Annual report of the Bengal Veterinary College and of the Civil Veterinary Department, Bengal, for the year 1916-17 - 1916-1917
Year: 1916
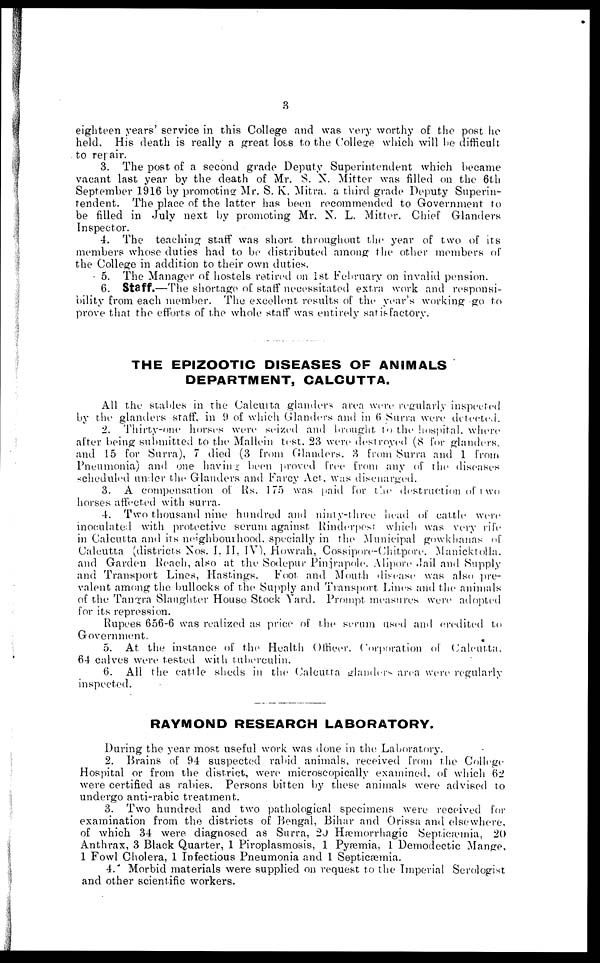
3
eighteen years' service in this College and was very worthy of: the post he
held. His death is really a great lots to the College which will be difficult
to repair.
3. The post of a second grade Deputy Superintendent which became
vacant last year by the death of Mr. S. N. Mitter was filled on the 6th
September 1916 by promoting Mr. S. K. Mitra. a third grade Deputy Superin-
tendent. The place of the latter has been recommended to Government to
be filled in July next by promoting Mr. N. L. Mitter. Chief Glanders
Inspector.
4. The teaching staff was short throughout the year of two of its
members whose duties had to be distributed among the other members of
the College in addition to their own duties.
5. The Manager of hostels retired on 1st February on invalid pension.
6. Staff.—The shortage of staff necessitated extra work and responsi-
bility from each member. The excellent results of the year's working go to
prove that the efforts of the whole staff was entirely satisfactory.
THE EPIZOOTIC DISEASES OF ANIMALS
DEPARTMENT, CALCUTTA.
All the stables in the Calcutta glanders area were regularly inspected
by the glanders staff, in 9 of which Glanders and in 6 Surra were detected.
2. Thirty-one horses were seized and brought to the hospital, where
after being submitted to the Mallein test, 23 were destroyed (8 for glanders,
and 15 for Surra), 7 died (3 from Glanders. 3 from Surra and 1 from
Pneumonia) and one having been proved free from any of the diseases
scheduled under the Glanders and Farcy Act, was discharged.
3. A compensation of Rs. 175 was paid for the destruction of two
horses affected with surra.
4. Two thousand nine hundred and ninty-three head of cattle were
inoculated with protective serum against Rinderpest which was very rife
in Calcutta and its neighbourhood, specially in the Municipal gowk lianas of
Calcutta (districts Nos. I, II, IV), Howrah, Cossipore-Chitpore. Manicktolla.
and Garden Reach, also at the Sodepur Pinjrapole. Alipore Jail and Supply
and Transport Lines, Hastings. Foot and Mouth disease was also pre-
valent among the bullocks of the Supply and Transport Lines and the animals
of the Tangra Slaughter House Stock Yard. Prompt measures were adopted
for its repression.
Rupees 656-6 was realized as price of the serum used and credited to
Government.
5. At the instance of the Health Officer. Corporation of Calcutta.
64 calves were tested with tuberculin.
6. All the cattle sheds in the Calcutta glanders area were regularly
inspected.
RAYMOND RESEARCH LABORATORY.
During the year most useful work was done in the Laboratory.
2. Brains of 94 suspected rabid animals, received from the College
Hospital or from the district, were microscopically examined, of which 62
were certified as rabies. Persons bitten by these animals were advised to
undergo anti-rabic treatment.
3. Two hundred and two pathological specimens were received for
examination from the districts of Bengal, Bihar and Orissa and elsewhere,
of which 34 were diagnosed as Surra, 20 Hæmorrhagic Septicæmia, 20
Anthrax, 3 Black Quarter, 1 Piroplasmosis, 1 Pyæmia, 1 Demodectic Mange,
1 Fowl Cholera, 1 Infectious Pneumonia and 1 Septicæmia.
4. Morbid materials were supplied on request to the Imperial Serologist
and other scientific workers.